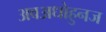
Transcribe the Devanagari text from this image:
अवअधोहुनज